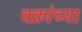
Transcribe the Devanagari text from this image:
वक्रांच्या